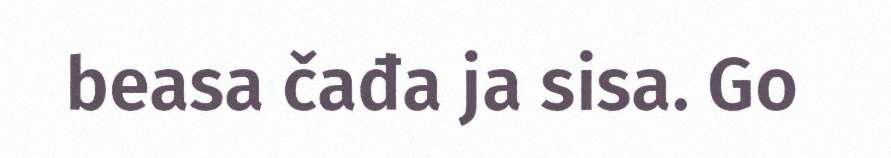
beasa čađa ja sisa. Go